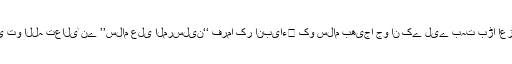
تب ہی تو اللہ تعالیٰ نے ’’سلام علی المرسلین‘‘ فرما کر انبیاء﷩ کو سلام بھیجا جو ان کے لیے بہت بڑا اعزاز ہے۔